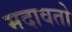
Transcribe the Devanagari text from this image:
मदावतो